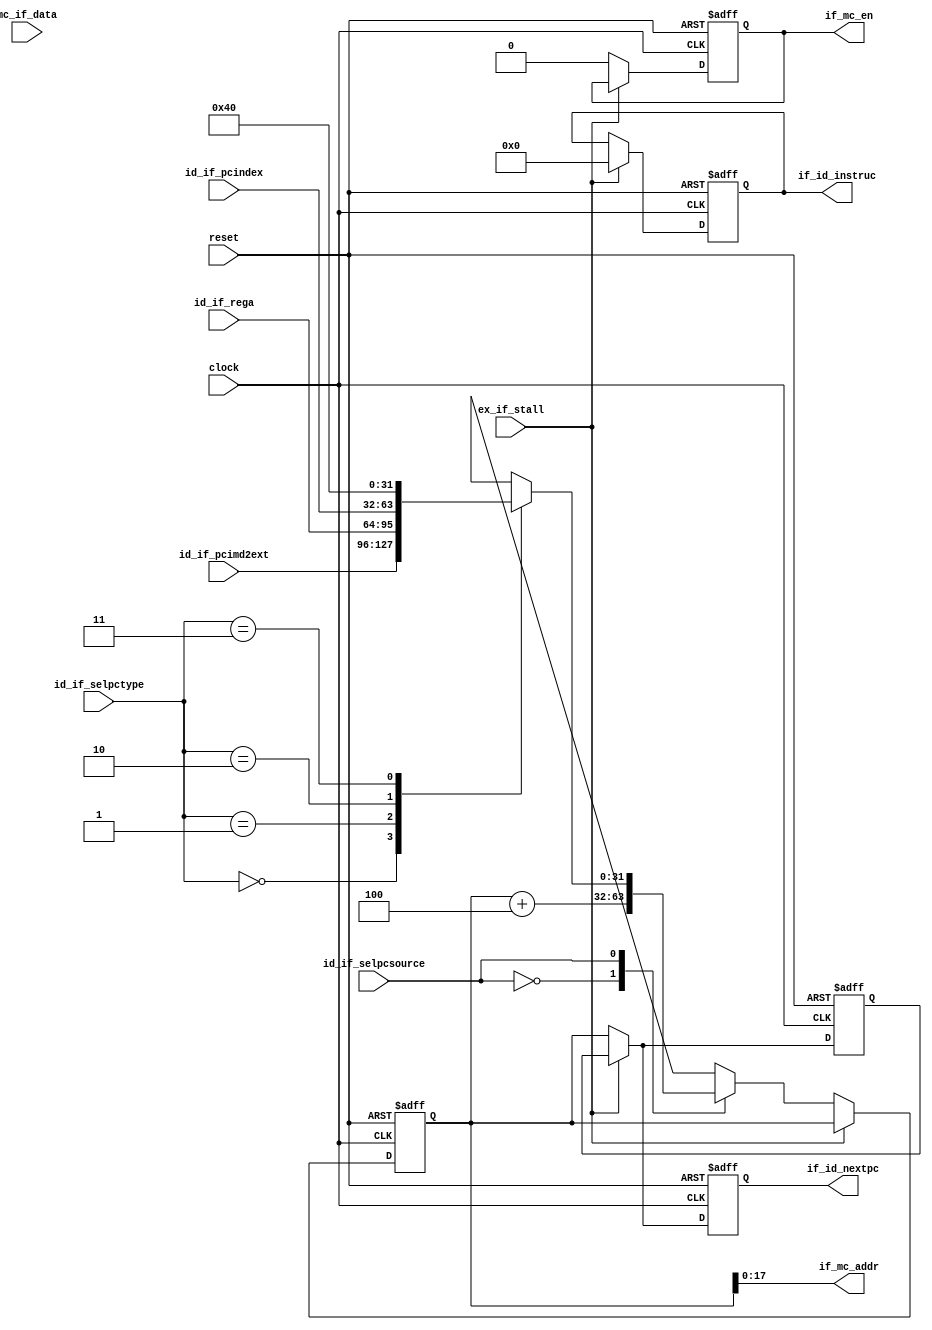
module Fetch (clock, reset, ex_if_stall, if_id_nextpc, if_id_instruc, id_if_selpcsource, id_if_rega, id_if_pcimd2ext, id_if_pcindex, id_if_selpctype, if_mc_en, if_mc_addr, mc_if_data);

	input clock;
	input reset;
	reg [31:0] pc;
	reg [31:0] pc_anterior;

	//Execute
	input ex_if_stall;

	//Decode
	output reg [31:0] if_id_nextpc;
	output reg [31:0] if_id_instruc;
	input id_if_selpcsource;
	input [31:0] id_if_rega;
	input [31:0] id_if_pcimd2ext;
	input [31:0] id_if_pcindex;
	input [1:0] id_if_selpctype;

	//Controle da memria
	output reg if_mc_en;
	output [17:0] if_mc_addr;
	input [31:0] mc_if_data;

assign if_mc_addr = pc;

always @(posedge clock or negedge reset)begin

	if(reset == 1'b0 )begin

	pc <= 32'b0;
	pc_anterior <= 32'b0;
	if_mc_en <= 1'b0;
	if_id_nextpc <= 32'b0;
	if_id_instruc <= 32'b0;


	end

	else if (ex_if_stall ==  1'b1)begin

		if_id_instruc <=32'd0;//nop 32'd0
		if_id_nextpc <= pc_anterior;//pc anterior atribuido ao if_id_nextpc


	end

	else begin

		if_mc_en <= 1'b0;
		pc_anterior <= pc;
		if_id_nextpc<=pc;

	  	case(id_if_selpcsource)

			1'b0: pc<= pc + 4;
			1'b1: begin
				case(id_if_selpctype)

				2'b00: pc <= id_if_pcimd2ext;
				2'b01: pc <= id_if_rega;
				2'b10: pc <= id_if_pcindex;
				2'b11: pc <= 32'd64;

				endcase
			end
		endcase
	end

end

endmodule